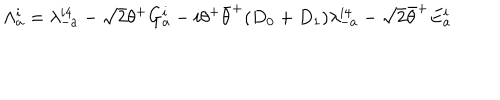
\Lambda _ { a } ^ { i } = \lambda _ { - a } ^ { i 4 } - \sqrt 2 \theta ^ { + } G _ { a } ^ { i } - i \theta ^ { + } { \bar { \theta } } ^ { + } ( D _ { 0 } + D _ { 1 } ) \lambda _ { - a } ^ { i 4 } - \sqrt 2 { \bar { \theta } } ^ { + } E _ { a } ^ { i }